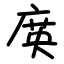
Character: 㢍